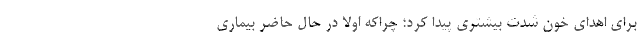
برای اهدای خون شدت بیشتری پیدا کرد؛ چراکه اولا در حال حاضر بیماری